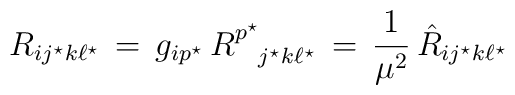
R_{ij^\star k \ell^\star } \, = \, g_{ip^\star} \,R^{p^\star}_{\phantom{p^\star}j^\star k \ell^\star} \, =\, {1\over{\mu^2}} \,{\hat R}_{ij^\star k \ell^\star }